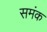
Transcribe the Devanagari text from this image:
समंक